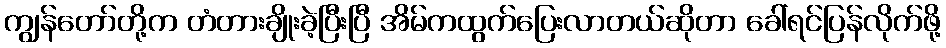
ကျွန်တော်တို့က တံတားချိုးခဲ့ပြီးပြီ အိမ်ကထွက်ပြေးလာတယ်ဆိုတာ ခေါ်ရင်ပြန်လိုက်ဖို့